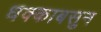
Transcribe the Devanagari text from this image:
धक्काबसुन